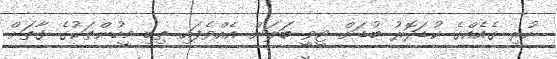
ހުރި ގެއެއްގެ ކުޑަދޮރު ބުޑަށް ޓީވީ ބަލަން އެއްވެފައި ތިބި މީހުންތަކުގެ ގާތަށް